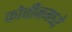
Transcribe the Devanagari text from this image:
कोचीनमध्ये